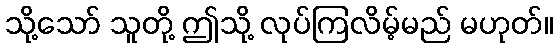
သို့သော် သူတို့ ဤသို့ လုပ်ကြလိမ့်မည် မဟုတ်။